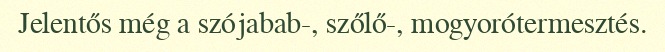
Jelentős még a szójabab-, szőlő-, mogyorótermesztés.